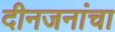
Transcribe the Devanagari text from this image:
दीनजनांचा